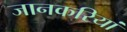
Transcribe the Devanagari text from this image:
जानकरियां